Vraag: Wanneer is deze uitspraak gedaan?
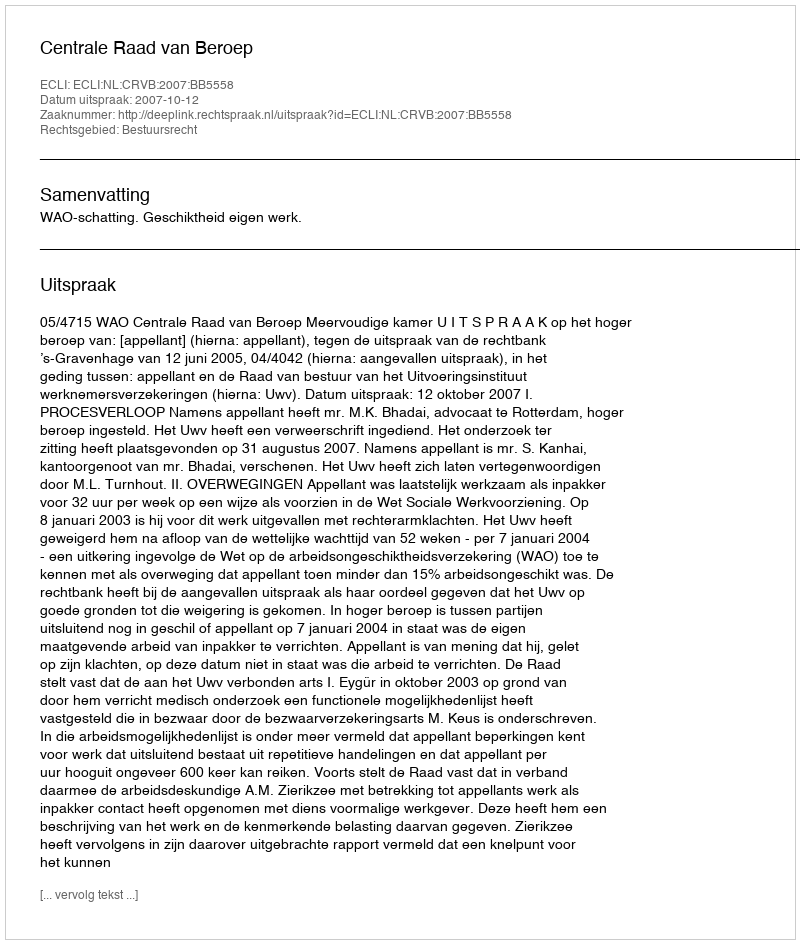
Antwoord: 2007-10-12